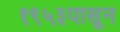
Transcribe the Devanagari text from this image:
१९५३पासून